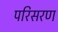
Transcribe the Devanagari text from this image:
परिसरण